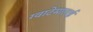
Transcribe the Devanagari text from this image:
ग्वाटेमालाई